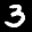
Label: 3